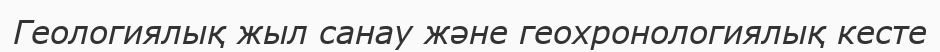
Геологиялық жыл санау және геохронологиялық кесте